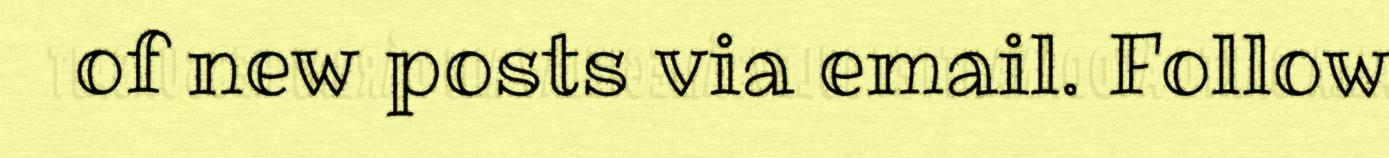
of new posts via email. Follow